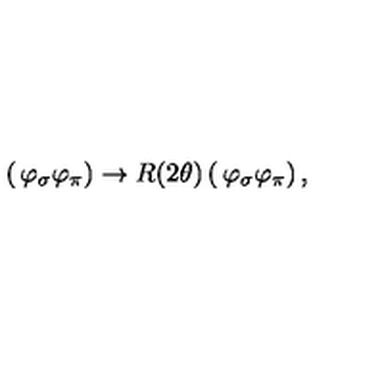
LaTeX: \left( \begin{matrix} { \varphi _ { \sigma } } \\ { \varphi _ { \pi } } \\ \end{matrix} \right) \rightarrow R ( 2 \theta ) \left( \begin{matrix} { \varphi _ { \sigma } } \\ { \varphi _ { \pi } } \\ \end{matrix} \right) ,